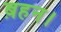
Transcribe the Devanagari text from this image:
ब़हन।